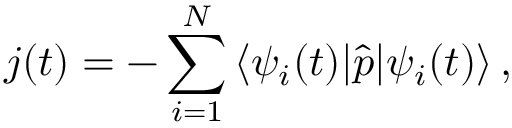
j ( t ) = - \sum _ { i = 1 } ^ { N } \left\langle \psi _ { i } ( t ) | \hat { p } | \psi _ { i } ( t ) \right\rangle ,